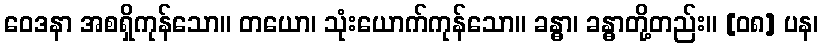
ဝေဒနာ အစရှိကုန်သော။ တယော၊ သုံးယောက်ကုန်သော။ ခန္ဓာ၊ ခန္ဓာတို့တည်း။ [၀၈] ပန၊